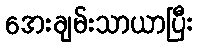
အေးချမ်းသာယာပြီး